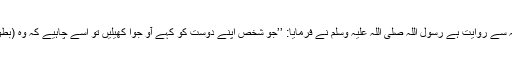
ابو ہریرہ رضی اللہ عنہ سے روایت ہے رسول اللہ صلی اللہ علیہ وسلم نے فرمایا: ’’جو شخص اپنے دوست کو کہے آؤ جوا کھیلیں تو اسے چاہیے کہ وہ (بطور کفارہ) صدقہ کرے۔